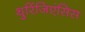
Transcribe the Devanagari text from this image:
थुरिंजिएंसिस